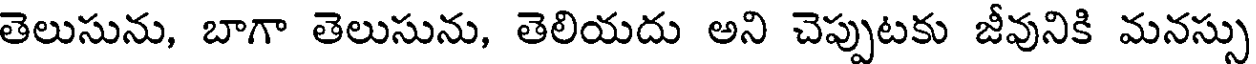
తెలుసును, బాగా తెలుసును, తెలియదు అని చెప్పుటకు జీవునికి మనస్సు